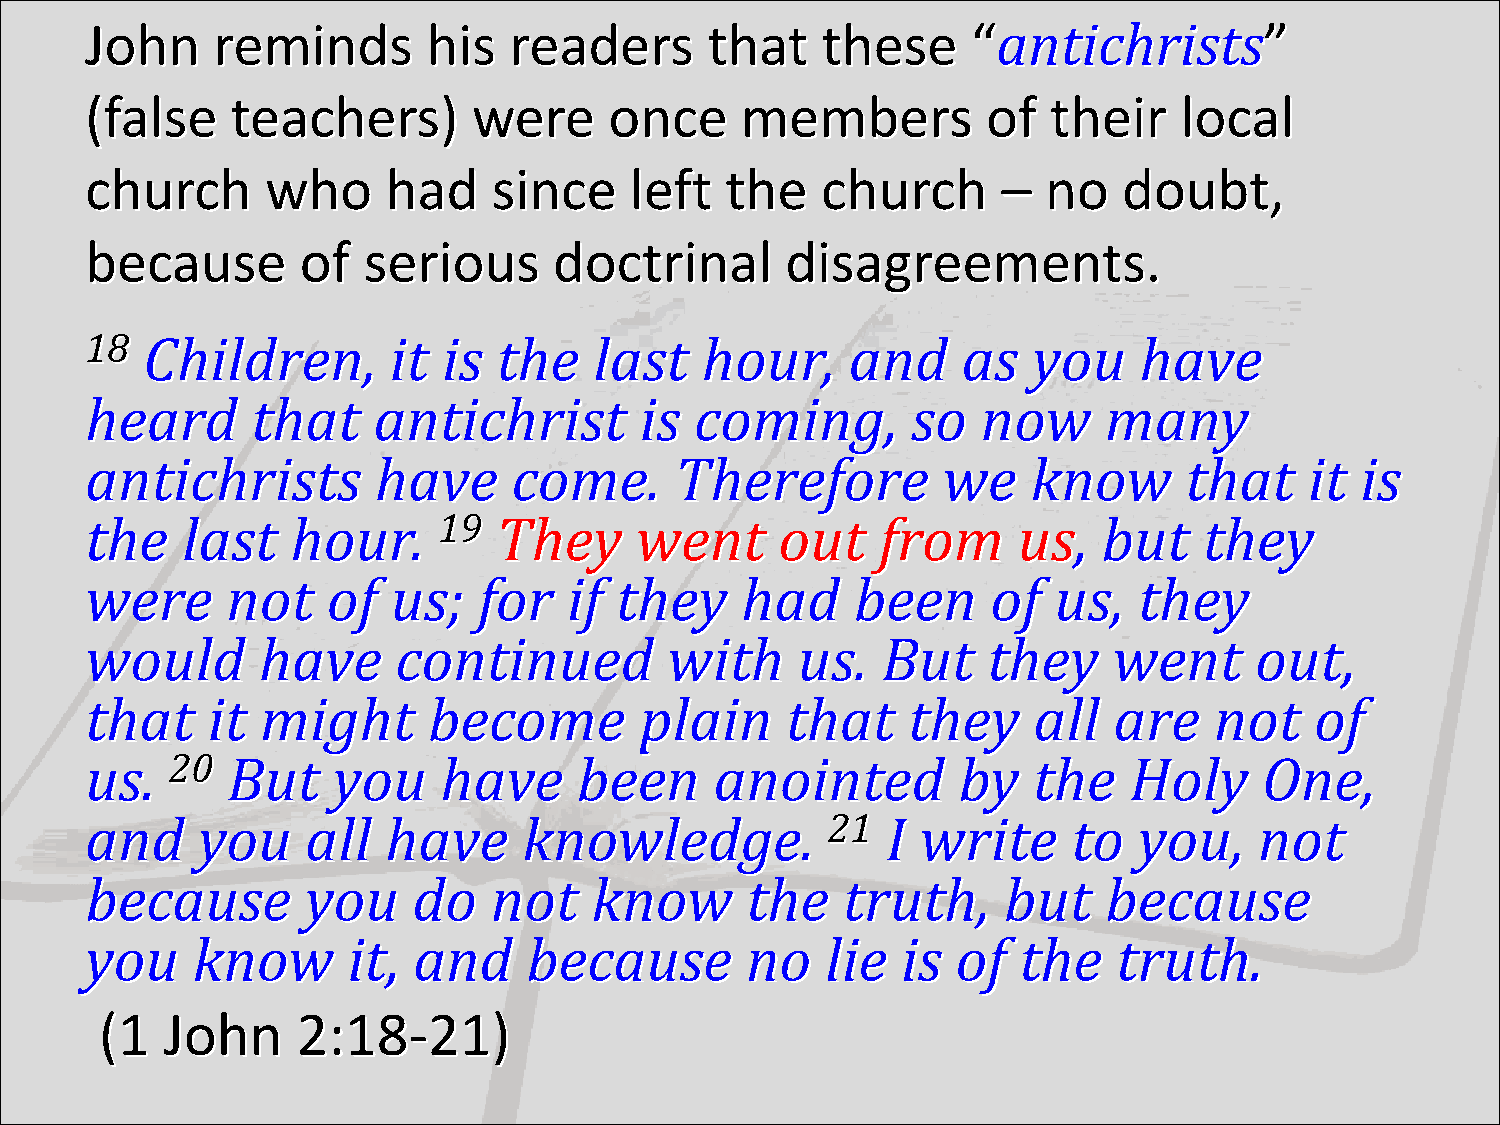
John    reminds       his   readers      that   these     “antichrists”
 (false   teachers)       were     once     members         of   their   local
 church      who     had    since    left  the   church      –  no   doubt,
 because       of  serious      doctrinal      disagreements.
 18 Children,        it is  the   last   hour,     and     as  you    have
 heard      that    antichrist       is  coming,       so   now     many
 antichrists        have     come.      Therefore        we    know      that     it is
 the   last   hour.     19  They     went      out   from     us,   but    they
 were     not    of  us;   for   if they    had     been     of  us,  they
 would      have     continued         with     us.  But    they     went     out,
 that    it might      become        plain     that    they    all   are   not    of
 us.  20  But    you    have     been     anointed        by   the    Holy     One,
 and    you    all   have     knowledge.          21  I write     to  you,    not
 because       you    do   not    know      the    truth,    but    because
 you    know      it, and     because       no    lie  is of  the    truth.
 (1  John     2:18-21)